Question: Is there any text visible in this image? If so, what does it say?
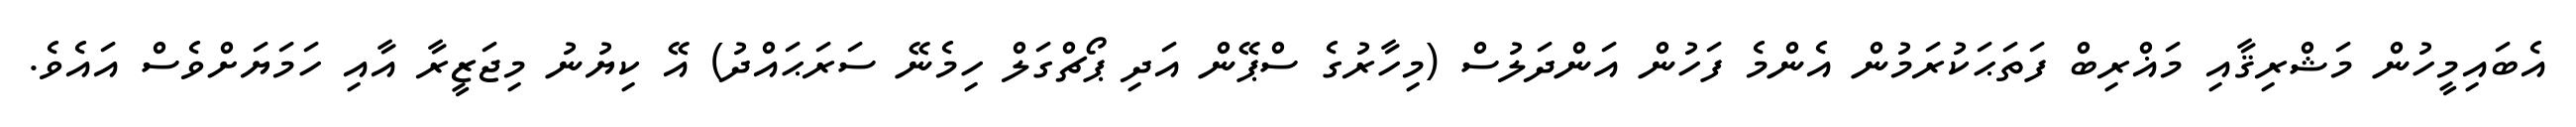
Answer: އެބައިމީހުން މަޝްރިޤާއި މަޣްރިބް ފަތަޙަކުރަމުން އެންމެ ފަހުން އަންދަލުސް (މިހާރުގެ ސްޕޭން އަދި ޕޯޗްގަލް ހިމެނޭ ސަރަޙައްދު) އޭ ކިޔުނު މިޖަޒީރާ އާއި ހަމަޔަށްވެސް އައެވެ.